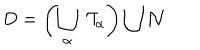
LaTeX: D = \left( \bigcup _ { \alpha } \ { \cal T } _ { \alpha } \right) \bigcup { \cal N }